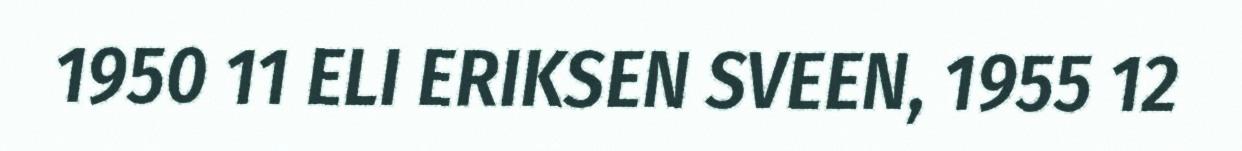
1950 11 ELI ERIKSEN SVEEN, 1955 12